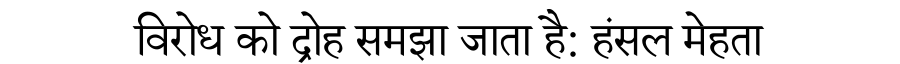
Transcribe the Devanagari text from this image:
विरोध को द्रोह समझा जाता है: हंसल मेहता